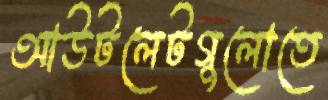
আউটলেটগুলোতে